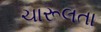
ચારૂલતા